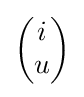
{\begin{pmatrix}i\\u\end{pmatrix}}